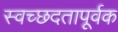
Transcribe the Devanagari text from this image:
स्वच्छदतापूर्वक